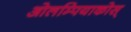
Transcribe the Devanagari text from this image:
ओलम्पियाकोस्